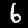
Label: 6